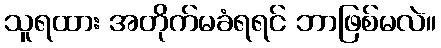
သူရထား အတိုက်မခံရရင် ဘာဖြစ်မလဲ။